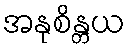
အနုစိန္တယ